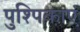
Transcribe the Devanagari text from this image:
पुश्पिकाएं